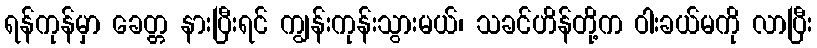
ရန်ကုန်မှာ ခေတ္တ နားပြီးရင် ကျွန်းကုန်းသွားမယ်၊ သခင်ဟိန်တို့က ဝါးခယ်မကို လာပြီး